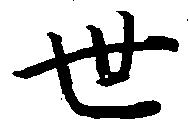
世